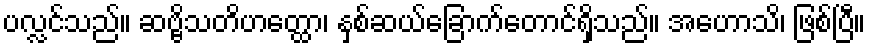
ပလ္လင်သည်။ ဆဗ္ဗိသတိဟတ္ထော၊ နှစ်ဆယ်ခြောက်တောင်ရှိသည်။ အဟောသိ၊ ဖြစ်ပြီ။